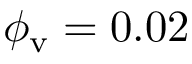
\phi _ { \mathrm { v } } = 0 . 0 2